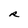
Character: R